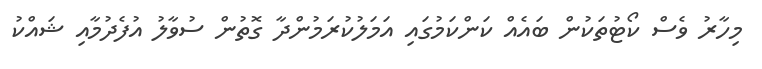
މިހާރު ވެސް ކޯޓުތަކުން ބައެއް ކަންކަމުގައި އަމަލުކުރަމުންދާ ގޮތުން ސުވާލު އުފެދުމާއި ޝައްކު